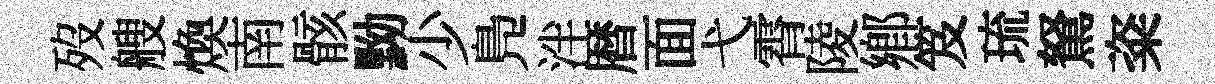
歿艘煥南骸黝少鳬泮暦面弋霄陵鄕笈琉駑粢